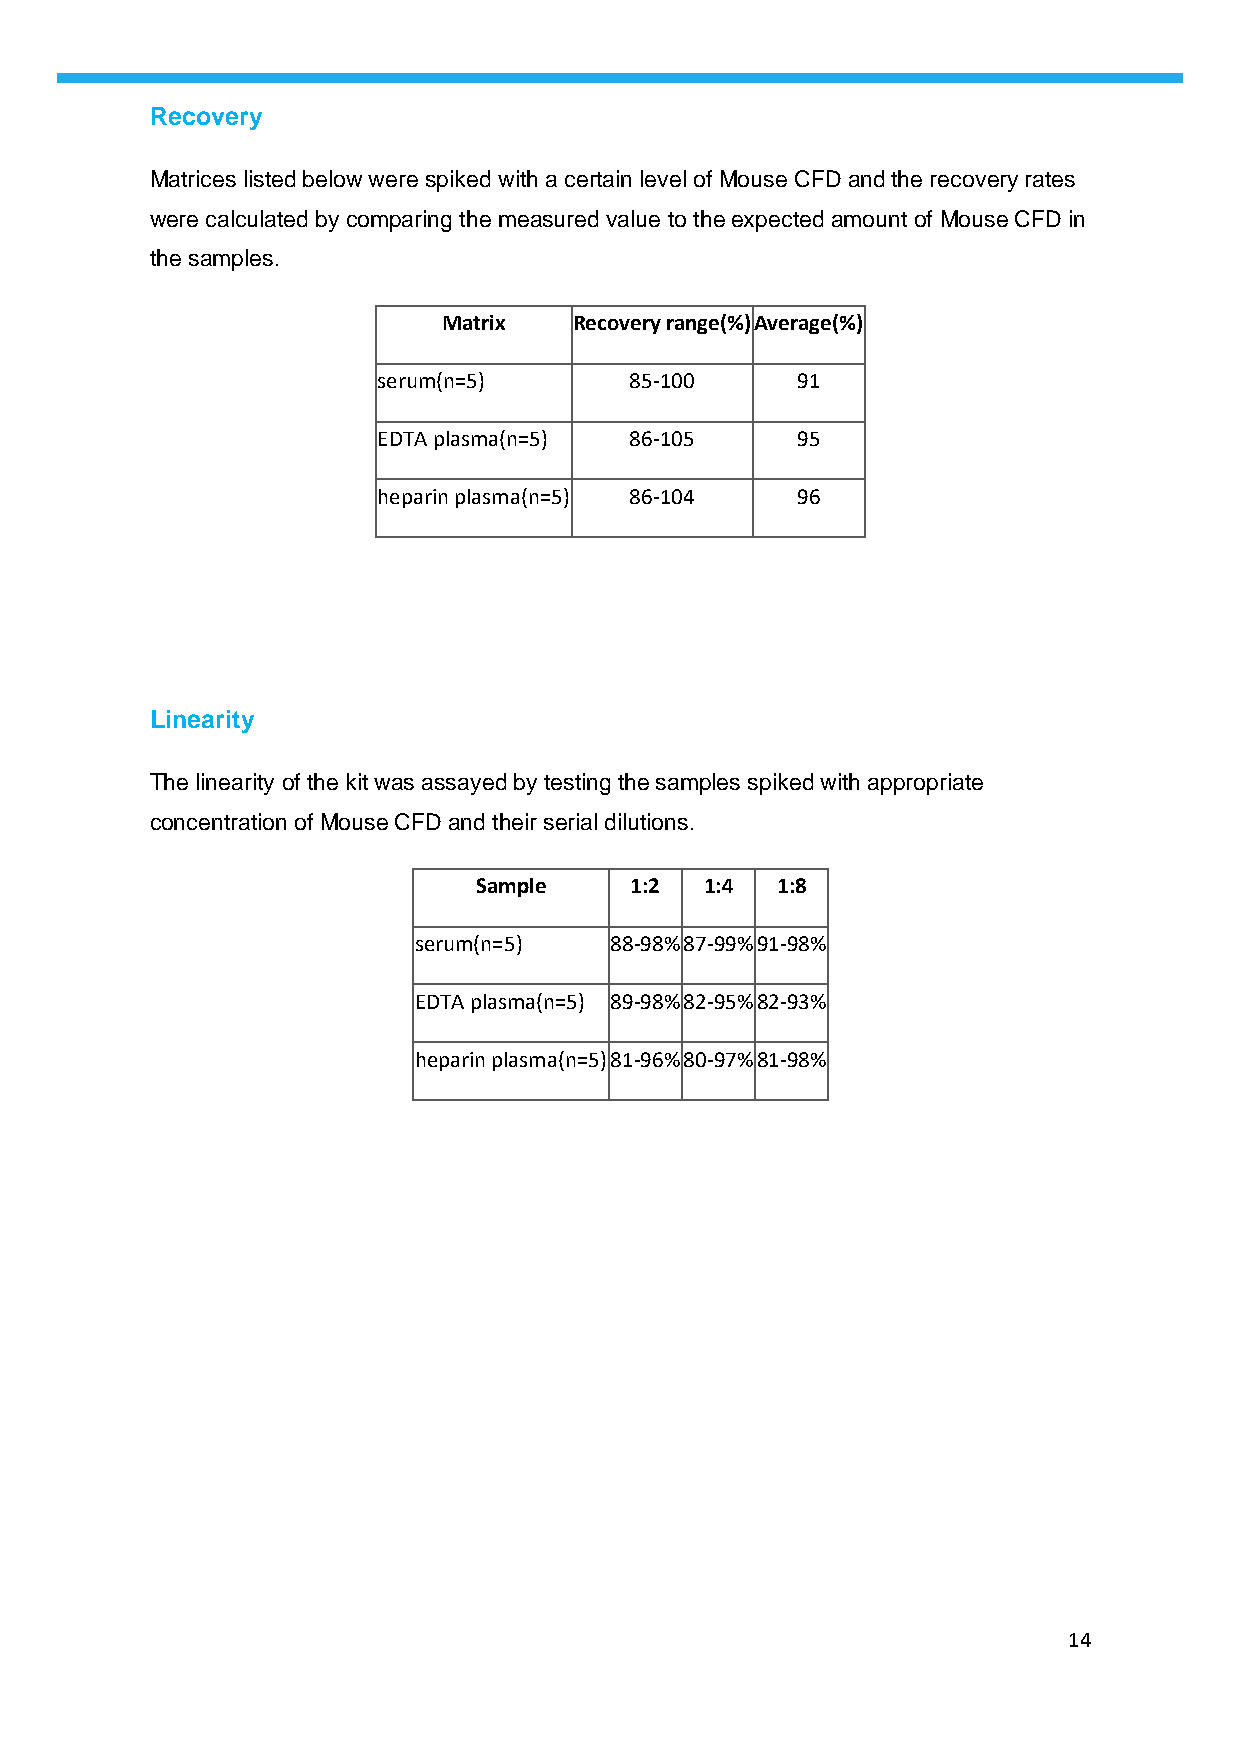
Recovery
 Matrices listed below were spiked with a certain level of Mouse CFD and the recovery rates
 were calculated by comparing the measured value to the expected amount of Mouse CFD in
 the samples.
 Matrix   Recovery range(%) Average(%)
 serum(n=5)       85-100     91
 EDTA plasma(n=5) 86-105     95
 heparin plasma(n=5) 86-104  96
 Linearity
 The linearity of the kit was assayed by testing the samples spiked with appropriate
 concentration of Mouse CFD and their serial dilutions.
 Sample     1:2  1:4 1:8
 serum(n=5)   88-98% 87-99% 91-98%
 EDTA plasma(n=5) 89-98% 82-95% 82-93%
 heparin plasma(n=5) 81-96% 80-97% 81-98%
 14